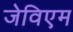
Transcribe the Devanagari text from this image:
जेविएम